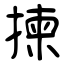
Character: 揀